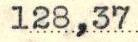
128,37